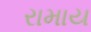
રામાય